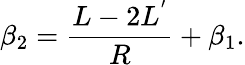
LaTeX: \beta_{2}=\frac{L-2L^{'}}{R}+\beta_{1}.